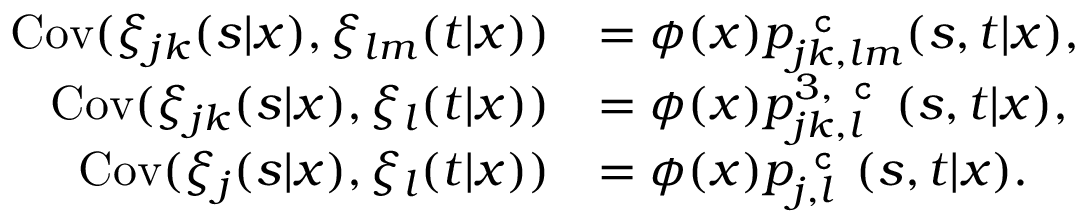
\begin{array} { r l } { \mathrm { C o v } ( \xi _ { j k } ( s | x ) , \xi _ { l m } ( t | x ) ) } & { = \phi ( x ) p _ { j k , l m } ^ { \texttt { c } } ( s , t | x ) , } \\ { \mathrm { C o v } ( \xi _ { j k } ( s | x ) , \xi _ { l } ( t | x ) ) } & { = \phi ( x ) p _ { j k , l } ^ { 3 , \texttt { c } } ( s , t | x ) , } \\ { \mathrm { C o v } ( \xi _ { j } ( s | x ) , \xi _ { l } ( t | x ) ) } & { = \phi ( x ) p _ { j , l } ^ { \texttt { c } } ( s , t | x ) . } \end{array}